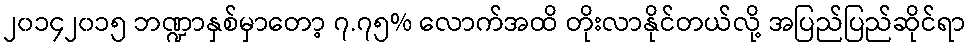
၂၀၁၄၂၀၁၅ ဘဏ္ဍာနှစ်မှာတော့ ၇.၇၅% လောက်အထိ တိုးလာနိုင်တယ်လို့ အပြည်ပြည်ဆိုင်ရာ